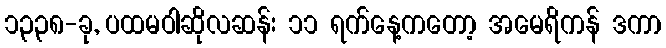
၁၃၃၈-ခု, ပထမဝါဆိုလဆန်း ၁၁ ရက်နေ့ကတော့ အမေရိကန် ဒကာ